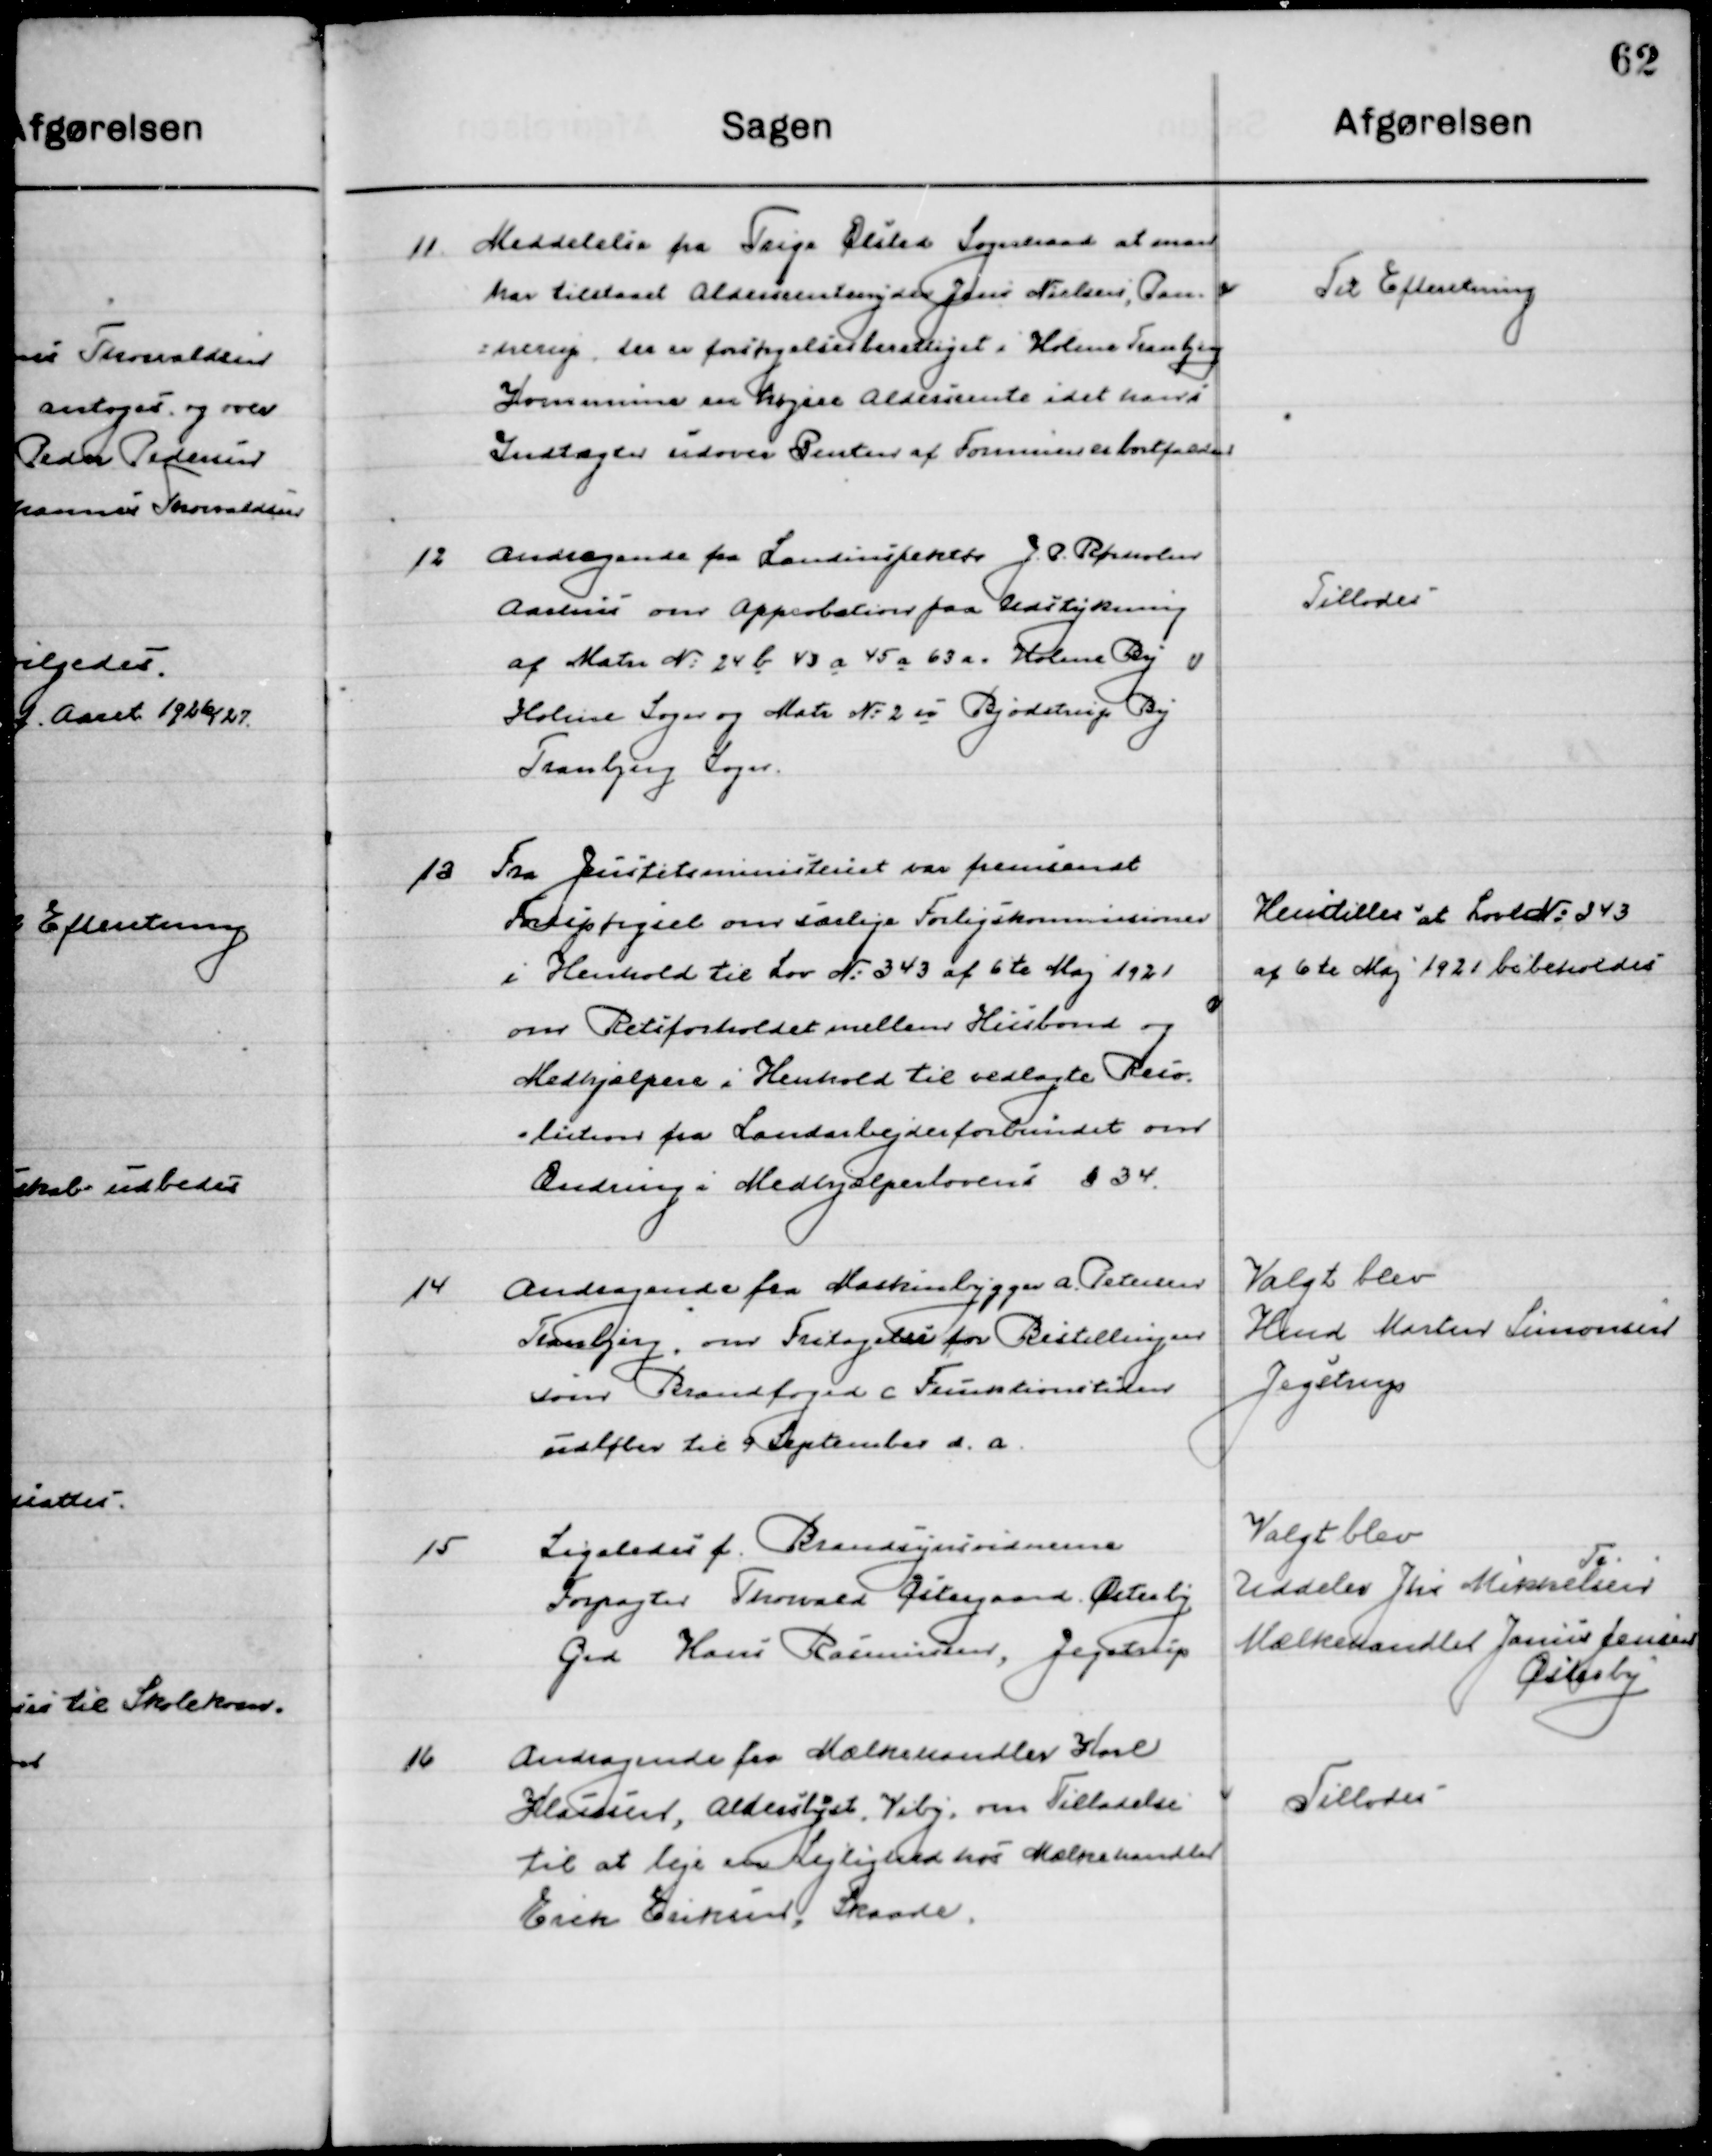
Transskription:
11

Meddelelse fra Trige Ølsted Sogneraad at man
har tilsaaet Aldersrenteydere Jens Nielsen, Pan-
nerup der er forsørgelsesberettiget i Holme Tranbjerg
Kommune en højere Aldersrente idet hans i
Indtægter udover Rente af Formue er bortfalden.

Til Efterretning

12

Andragende fra Landinspektør J. P. Rørholm
Aarhus om Approbation paa Udstykning
af Matr. No. 24 b 43 a 45 a 63 a Holme By
Holme Sogn og Matr. No. 2 n Bjødstrup By 
Tranbjerg Sogn.

Tillodes

13

Fra Justitsministeriet var fremsendt
Forespørgsel om særlige Forligskommissioner
I Henhold til Lov No. 343 af 6te Maj 1921
om Retsforholdet mellem Husbond og 
Medhjælpere i Henholdt til vedlagte Reso- 
lution fra Landarbejderforbundet om 
Ændring i Medhjælperlovens § 34.

Henstilles at Lov No. 343
af 6te Maj 1921 bibeholdes

14

Andragende fra Maskinbygger A. Petersen
Tranbjerg, om Fritagelse for Bestillingen
som Brandfoged Funktionstiden 
udløber til 9 September d. a.

Valgt blev
Hmd. Morten Simonsen 
Jegstrup

15

Ligeledes f. Brandsynsvidnerne
Forpagter Thorvald Østergaard, Østerby
Grd. Hans Rasmussen, Jegstrup

Valgt blev
Uddeler Jhs. Mikkelsen
Tr
Mælkehandler Janus Jensen
Østerby

16

Andragende fra Mælkehandler Karl
Klausen, Alderslyst, Viby, om Tilladelse
til at lejere en Lejlighed hos Mælkehandler
Erik Eriksen, Skaade.

Tillodes